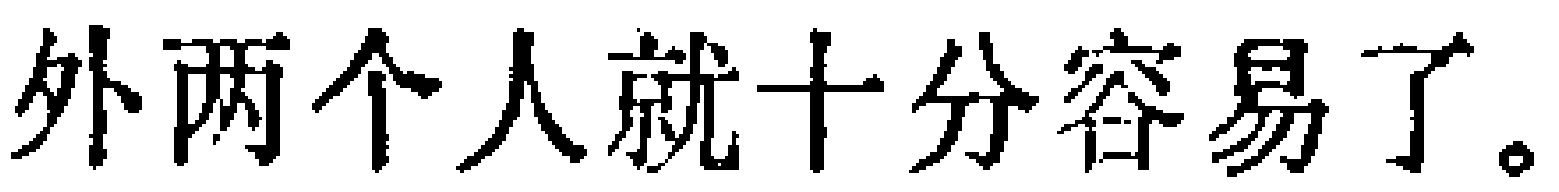
外两个人就十分容易了。